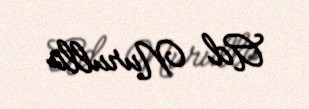
Ad Nurulla